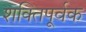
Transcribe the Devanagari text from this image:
शक्‍तिपूर्वक